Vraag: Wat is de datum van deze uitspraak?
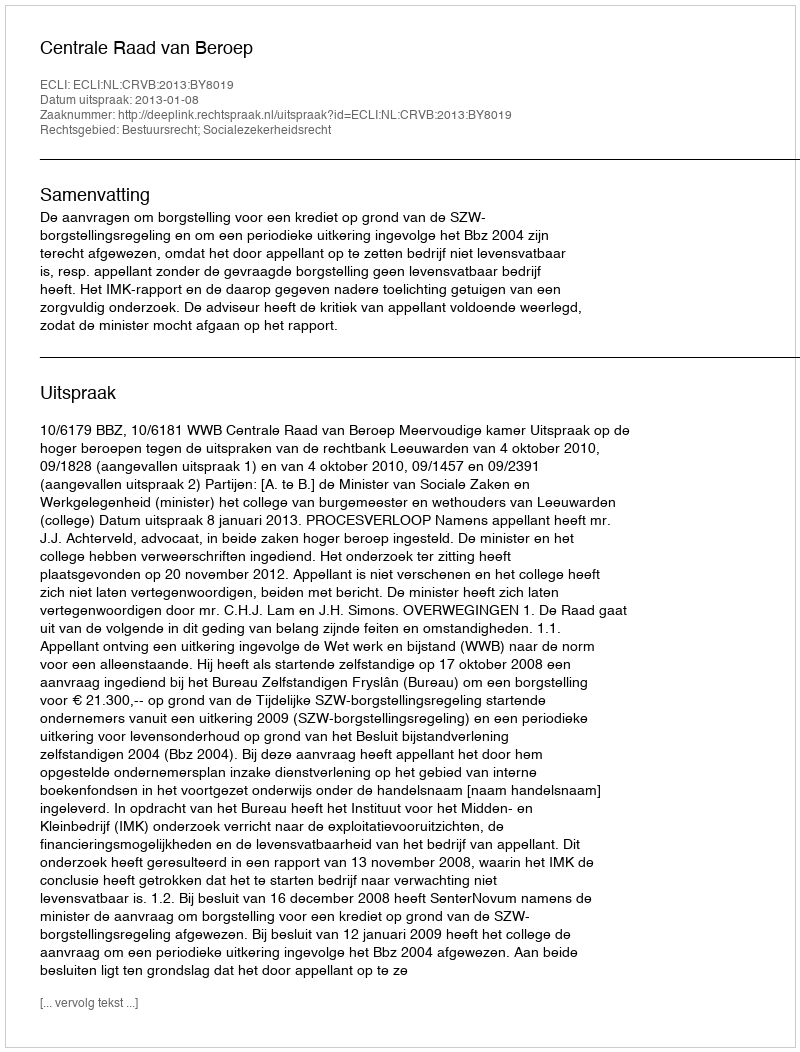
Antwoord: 2013-01-08